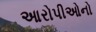
આરોપીઓનો